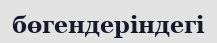
бөгендеріндегі